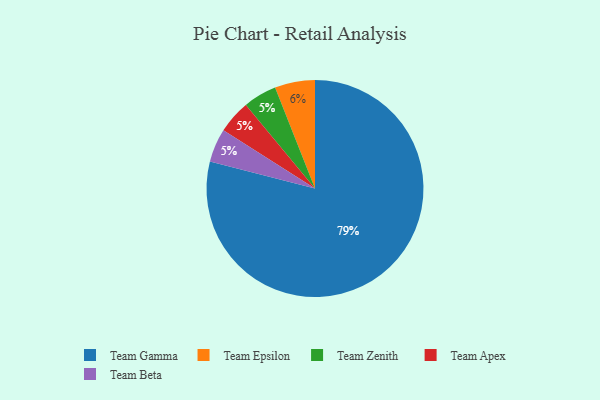
{"axis": {"x": "Category", "y": "Percentage"}, "legend": ["Team Apex", "Team Beta", "Team Epsilon", "Team Gamma", "Team Zenith"], "data": [{"x": "Team Zenith", "y": 5, "type": "Team Zenith"}, {"x": "Team Gamma", "y": 79, "type": "Team Gamma"}, {"x": "Team Apex", "y": 5, "type": "Team Apex"}, {"x": "Team Epsilon", "y": 6, "type": "Team Epsilon"}, {"x": "Team Beta", "y": 5, "type": "Team Beta"}]}